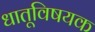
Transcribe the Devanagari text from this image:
धातूविषयक